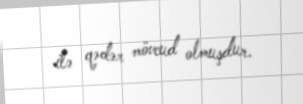
ilə qədər mövcud olmuşdur.